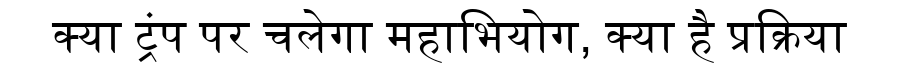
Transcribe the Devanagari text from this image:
क्या ट्रंप पर चलेगा महाभियोग, क्या है प्रक्रिया